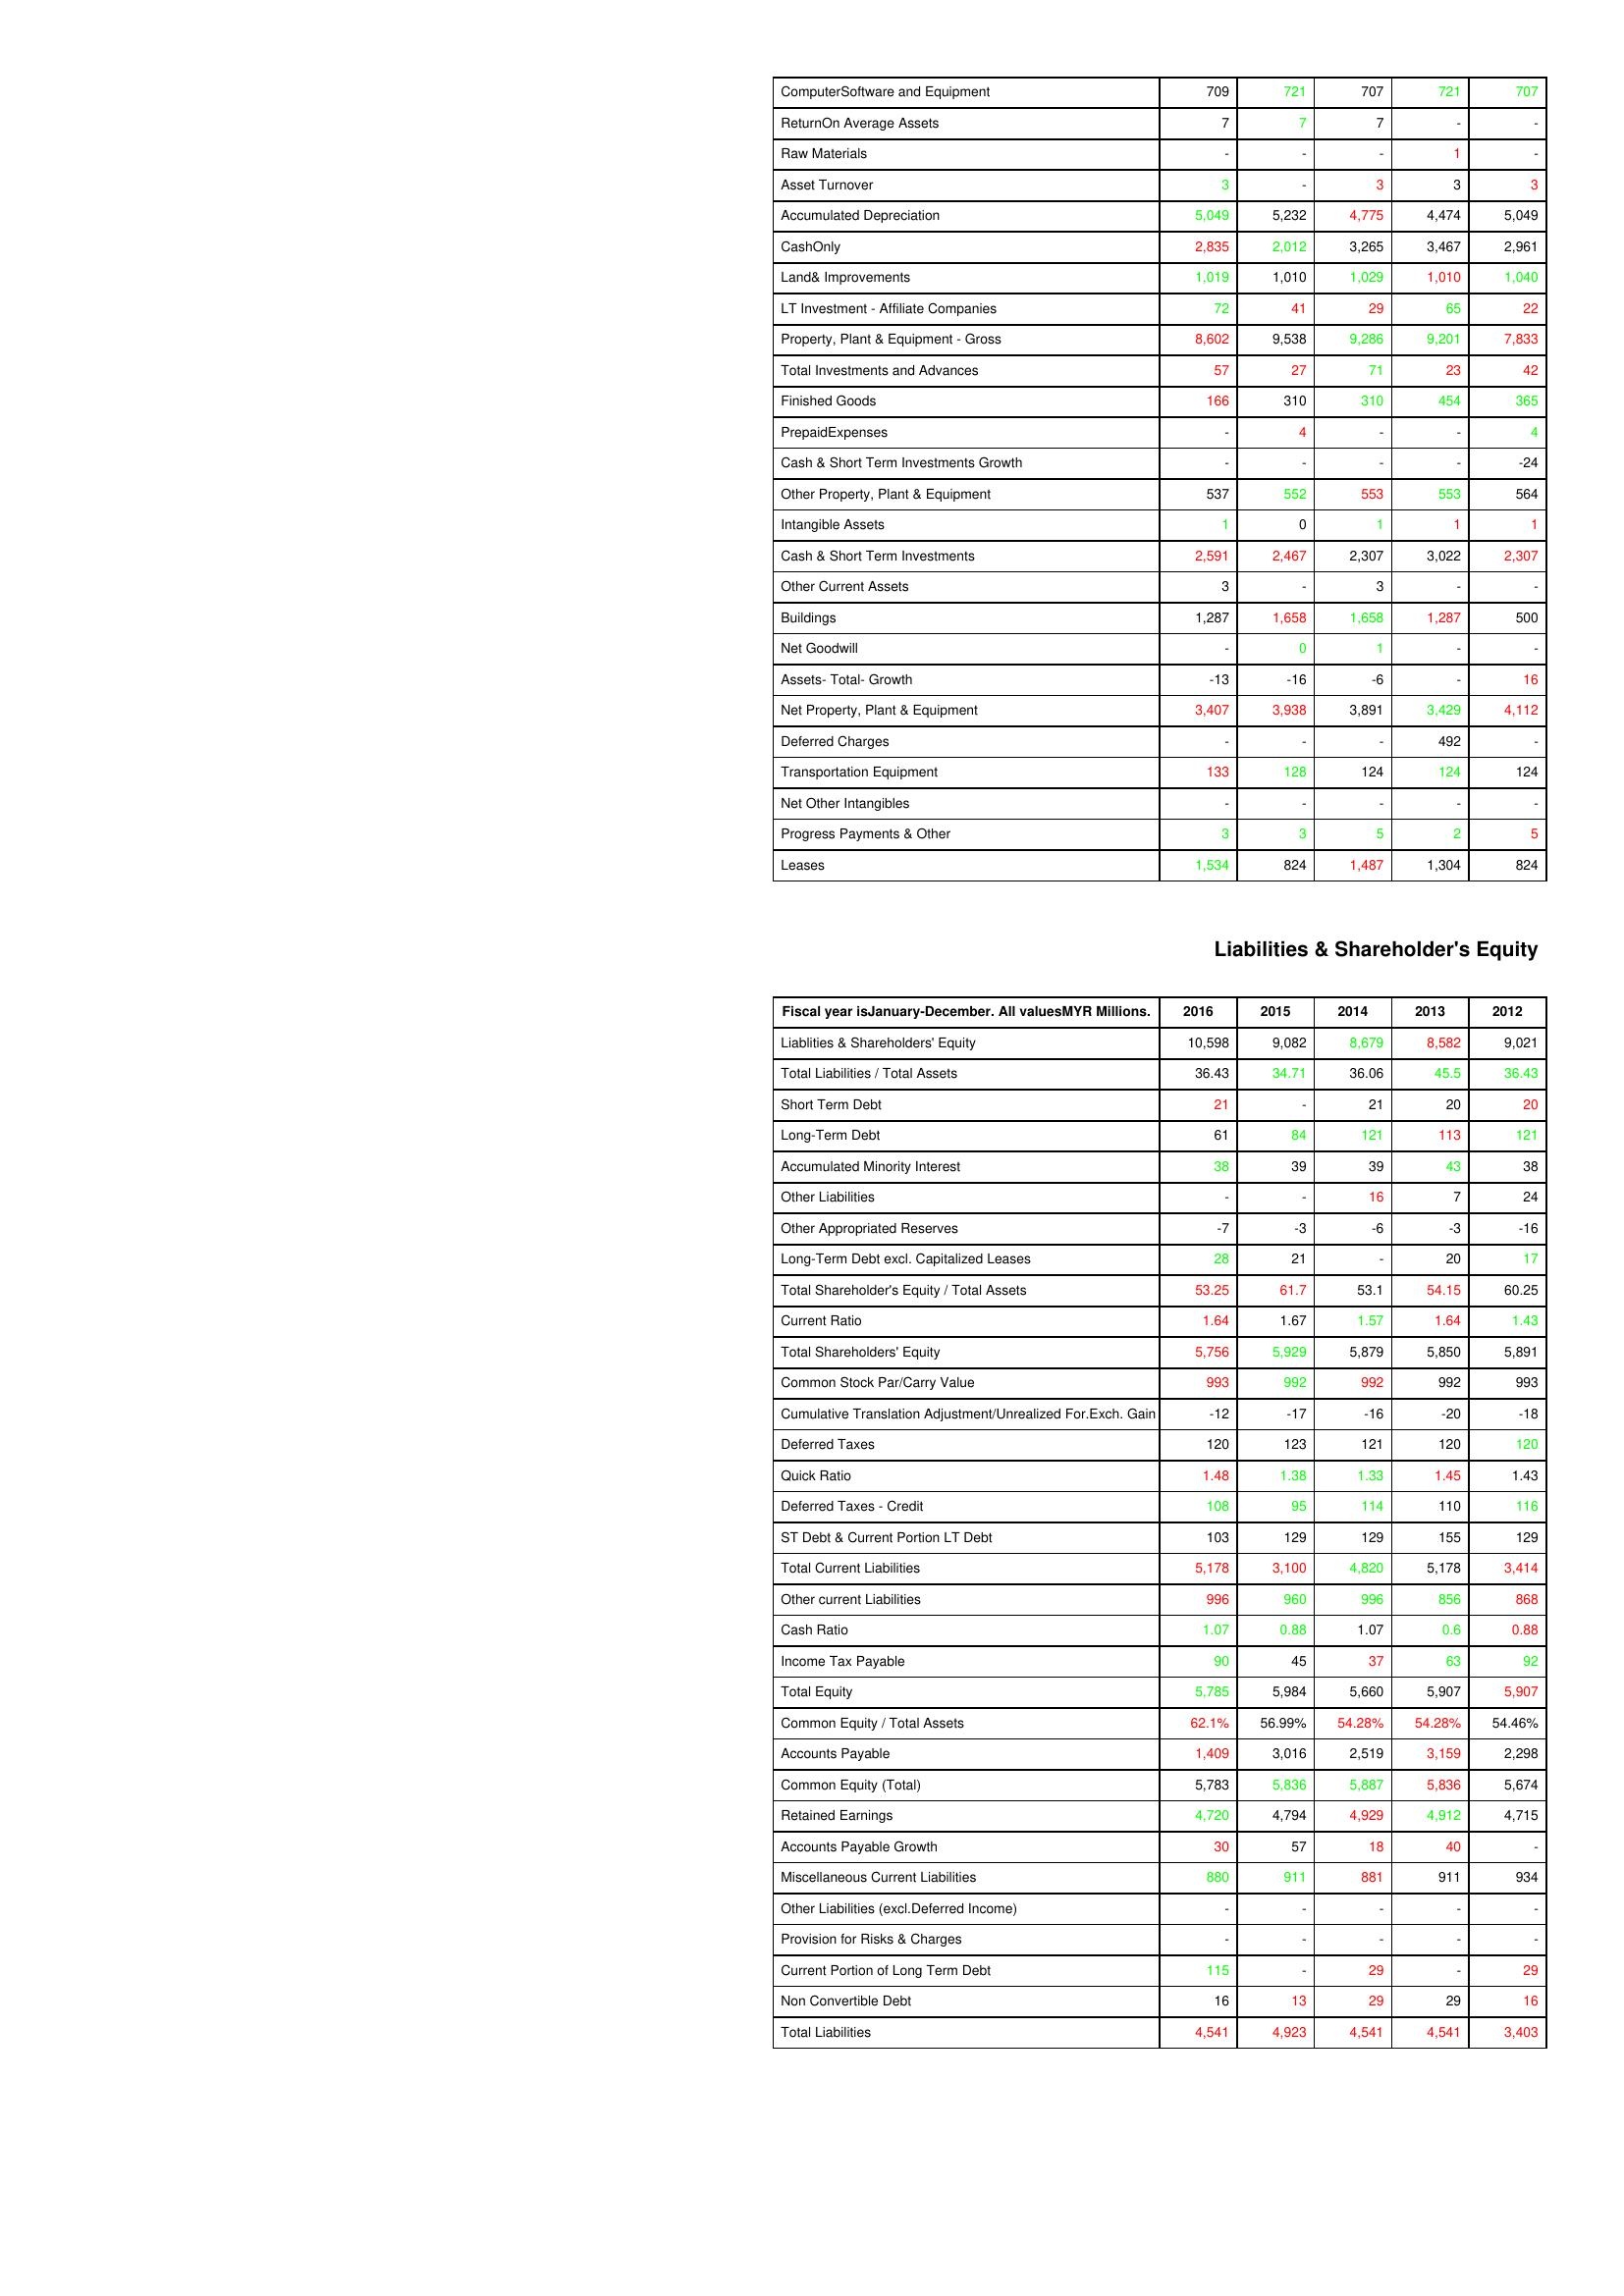
gt_parse: 2016: Assets: ComputerSoftware and Equipment: 709
ReturnOn Average Assets: 7
Raw Materials: -
Asset Turnover: 3
Accumulated Depreciation: 5,049
CashOnly: 2,835
Land& Improvements: 1,019
LT Investment - Affiliate Companies: 72
Property, Plant & Equipment - Gross : 8,602
Total Investments and Advances: 57
Finished Goods: 166
PrepaidExpenses: -
Cash & Short Term Investments Growth: -
Other Property, Plant & Equipment: 537
Intangible Assets: 1
Cash & Short Term Investments: 2,591
Other Current Assets: 3
Buildings: 1,287
Net Goodwill: -
Assets- Total- Growth: -13
Net Property, Plant & Equipment: 3,407
Deferred Charges: -
Transportation Equipment: 133
Net Other Intangibles: -
Progress Payments & Other: 3
Leases: 1,534
Liabilities & Shareholder's Equity: Liablities & Shareholders' Equity: 10,598
Total Liabilities / Total Assets: 36.43
Short Term Debt: 21
Long-Term Debt: 61
Accumulated Minority Interest: 38
Other Liabilities: -
Other Appropriated Reserves: -7
Long-Term Debt excl. Capitalized Leases: 28
Total Shareholder's Equity / Total Assets: 53.25
Current Ratio: 1.64
Total Shareholders' Equity: 5,756
Common Stock Par/Carry Value: 993
Cumulative Translation Adjustment/Unrealized For.Exch. Gain: -12
Deferred Taxes: 120
Quick Ratio: 1.48
Deferred Taxes - Credit: 108
ST Debt & Current Portion LT Debt: 103
Total Current Liabilities: 5,178
Other current Liabilities: 996
Cash Ratio: 1.07
Income Tax Payable: 90
Total Equity: 5,785
Common Equity / Total Assets: 62.1%
Accounts Payable: 1,409
Common Equity (Total): 5,783
Retained Earnings: 4,720
Accounts Payable Growth: 30
Miscellaneous Current Liabilities: 880
Other Liabilities (excl.Deferred Income): -
Provision for Risks & Charges: -
Current Portion of Long Term Debt: 115
Non Convertible Debt: 16
Total Liabilities: 4,541
2015: Assets: ComputerSoftware and Equipment: 721
ReturnOn Average Assets: 7
Raw Materials: -
Asset Turnover: -
Accumulated Depreciation: 5,232
CashOnly: 2,012
Land& Improvements: 1,010
LT Investment - Affiliate Companies: 41
Property, Plant & Equipment - Gross : 9,538
Total Investments and Advances: 27
Finished Goods: 310
PrepaidExpenses: 4
Cash & Short Term Investments Growth: -
Other Property, Plant & Equipment: 552
Intangible Assets: 0
Cash & Short Term Investments: 2,467
Other Current Assets: -
Buildings: 1,658
Net Goodwill: 0
Assets- Total- Growth: -16
Net Property, Plant & Equipment: 3,938
Deferred Charges: -
Transportation Equipment: 128
Net Other Intangibles: -
Progress Payments & Other: 3
Leases: 824
Liabilities & Shareholder's Equity: Liablities & Shareholders' Equity: 9,082
Total Liabilities / Total Assets: 34.71
Short Term Debt: -
Long-Term Debt: 84
Accumulated Minority Interest: 39
Other Liabilities: -
Other Appropriated Reserves: -3
Long-Term Debt excl. Capitalized Leases: 21
Total Shareholder's Equity / Total Assets: 61.7
Current Ratio: 1.67
Total Shareholders' Equity: 5,929
Common Stock Par/Carry Value: 992
Cumulative Translation Adjustment/Unrealized For.Exch. Gain: -17
Deferred Taxes: 123
Quick Ratio: 1.38
Deferred Taxes - Credit: 95
ST Debt & Current Portion LT Debt: 129
Total Current Liabilities: 3,100
Other current Liabilities: 960
Cash Ratio: 0.88
Income Tax Payable: 45
Total Equity: 5,984
Common Equity / Total Assets: 56.99%
Accounts Payable: 3,016
Common Equity (Total): 5,836
Retained Earnings: 4,794
Accounts Payable Growth: 57
Miscellaneous Current Liabilities: 911
Other Liabilities (excl.Deferred Income): -
Provision for Risks & Charges: -
Current Portion of Long Term Debt: -
Non Convertible Debt: 13
Total Liabilities: 4,923
2014: Assets: ComputerSoftware and Equipment: 707
ReturnOn Average Assets: 7
Raw Materials: -
Asset Turnover: 3
Accumulated Depreciation: 4,775
CashOnly: 3,265
Land& Improvements: 1,029
LT Investment - Affiliate Companies: 29
Property, Plant & Equipment - Gross : 9,286
Total Investments and Advances: 71
Finished Goods: 310
PrepaidExpenses: -
Cash & Short Term Investments Growth: -
Other Property, Plant & Equipment: 553
Intangible Assets: 1
Cash & Short Term Investments: 2,307
Other Current Assets: 3
Buildings: 1,658
Net Goodwill: 1
Assets- Total- Growth: -6
Net Property, Plant & Equipment: 3,891
Deferred Charges: -
Transportation Equipment: 124
Net Other Intangibles: -
Progress Payments & Other: 5
Leases: 1,487
Liabilities & Shareholder's Equity: Liablities & Shareholders' Equity: 8,679
Total Liabilities / Total Assets: 36.06
Short Term Debt: 21
Long-Term Debt: 121
Accumulated Minority Interest: 39
Other Liabilities: 16
Other Appropriated Reserves: -6
Long-Term Debt excl. Capitalized Leases: -
Total Shareholder's Equity / Total Assets: 53.1
Current Ratio: 1.57
Total Shareholders' Equity: 5,879
Common Stock Par/Carry Value: 992
Cumulative Translation Adjustment/Unrealized For.Exch. Gain: -16
Deferred Taxes: 121
Quick Ratio: 1.33
Deferred Taxes - Credit: 114
ST Debt & Current Portion LT Debt: 129
Total Current Liabilities: 4,820
Other current Liabilities: 996
Cash Ratio: 1.07
Income Tax Payable: 37
Total Equity: 5,660
Common Equity / Total Assets: 54.28%
Accounts Payable: 2,519
Common Equity (Total): 5,887
Retained Earnings: 4,929
Accounts Payable Growth: 18
Miscellaneous Current Liabilities: 881
Other Liabilities (excl.Deferred Income): -
Provision for Risks & Charges: -
Current Portion of Long Term Debt: 29
Non Convertible Debt: 29
Total Liabilities: 4,541
2013: Assets: ComputerSoftware and Equipment: 721
ReturnOn Average Assets: -
Raw Materials: 1
Asset Turnover: 3
Accumulated Depreciation: 4,474
CashOnly: 3,467
Land& Improvements: 1,010
LT Investment - Affiliate Companies: 65
Property, Plant & Equipment - Gross : 9,201
Total Investments and Advances: 23
Finished Goods: 454
PrepaidExpenses: -
Cash & Short Term Investments Growth: -
Other Property, Plant & Equipment: 553
Intangible Assets: 1
Cash & Short Term Investments: 3,022
Other Current Assets: -
Buildings: 1,287
Net Goodwill: -
Assets- Total- Growth: -
Net Property, Plant & Equipment: 3,429
Deferred Charges: 492
Transportation Equipment: 124
Net Other Intangibles: -
Progress Payments & Other: 2
Leases: 1,304
Liabilities & Shareholder's Equity: Liablities & Shareholders' Equity: 8,582
Total Liabilities / Total Assets: 45.5
Short Term Debt: 20
Long-Term Debt: 113
Accumulated Minority Interest: 43
Other Liabilities: 7
Other Appropriated Reserves: -3
Long-Term Debt excl. Capitalized Leases: 20
Total Shareholder's Equity / Total Assets: 54.15
Current Ratio: 1.64
Total Shareholders' Equity: 5,850
Common Stock Par/Carry Value: 992
Cumulative Translation Adjustment/Unrealized For.Exch. Gain: -20
Deferred Taxes: 120
Quick Ratio: 1.45
Deferred Taxes - Credit: 110
ST Debt & Current Portion LT Debt: 155
Total Current Liabilities: 5,178
Other current Liabilities: 856
Cash Ratio: 0.6
Income Tax Payable: 63
Total Equity: 5,907
Common Equity / Total Assets: 54.28%
Accounts Payable: 3,159
Common Equity (Total): 5,836
Retained Earnings: 4,912
Accounts Payable Growth: 40
Miscellaneous Current Liabilities: 911
Other Liabilities (excl.Deferred Income): -
Provision for Risks & Charges: -
Current Portion of Long Term Debt: -
Non Convertible Debt: 29
Total Liabilities: 4,541
2012: Assets: ComputerSoftware and Equipment: 707
ReturnOn Average Assets: -
Raw Materials: -
Asset Turnover: 3
Accumulated Depreciation: 5,049
CashOnly: 2,961
Land& Improvements: 1,040
LT Investment - Affiliate Companies: 22
Property, Plant & Equipment - Gross : 7,833
Total Investments and Advances: 42
Finished Goods: 365
PrepaidExpenses: 4
Cash & Short Term Investments Growth: -24
Other Property, Plant & Equipment: 564
Intangible Assets: 1
Cash & Short Term Investments: 2,307
Other Current Assets: -
Buildings: 500
Net Goodwill: -
Assets- Total- Growth: 16
Net Property, Plant & Equipment: 4,112
Deferred Charges: -
Transportation Equipment: 124
Net Other Intangibles: -
Progress Payments & Other: 5
Leases: 824
Liabilities & Shareholder's Equity: Liablities & Shareholders' Equity: 9,021
Total Liabilities / Total Assets: 36.43
Short Term Debt: 20
Long-Term Debt: 121
Accumulated Minority Interest: 38
Other Liabilities: 24
Other Appropriated Reserves: -16
Long-Term Debt excl. Capitalized Leases: 17
Total Shareholder's Equity / Total Assets: 60.25
Current Ratio: 1.43
Total Shareholders' Equity: 5,891
Common Stock Par/Carry Value: 993
Cumulative Translation Adjustment/Unrealized For.Exch. Gain: -18
Deferred Taxes: 120
Quick Ratio: 1.43
Deferred Taxes - Credit: 116
ST Debt & Current Portion LT Debt: 129
Total Current Liabilities: 3,414
Other current Liabilities: 868
Cash Ratio: 0.88
Income Tax Payable: 92
Total Equity: 5,907
Common Equity / Total Assets: 54.46%
Accounts Payable: 2,298
Common Equity (Total): 5,674
Retained Earnings: 4,715
Accounts Payable Growth: -
Miscellaneous Current Liabilities: 934
Other Liabilities (excl.Deferred Income): -
Provision for Risks & Charges: -
Current Portion of Long Term Debt: 29
Non Convertible Debt: 16
Total Liabilities: 3,403